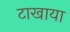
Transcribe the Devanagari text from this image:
टाखाया